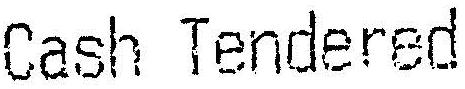
CASH TENDERED